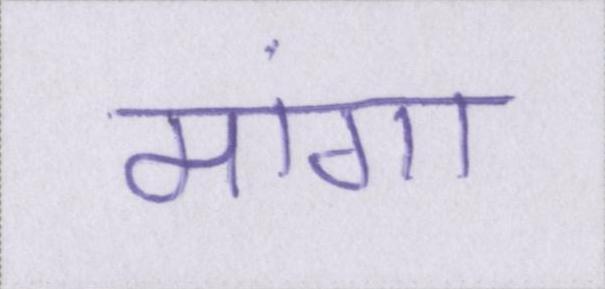
मांगा